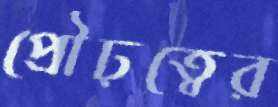
প্রৌঢ়ত্বের